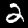
Digit: 2